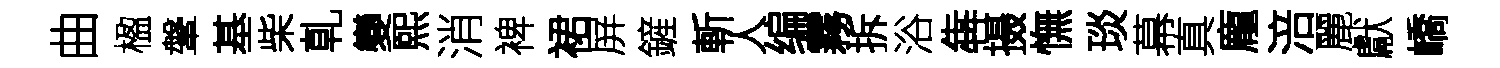
曲楹鞶基柴乹變熙消裨裙屏鏟斬人编霧拆浴犇摄憮琰幕真龐涪麗獻嶠